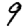
Digit: 9